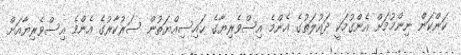
ކަންކަން ނިންމުމަށް އެންގުމަކީ ދައުލަތުގެ އެންމެ އިސްވެރިޔާގެ ޙައިސިއްޔަތުން ސަރުކާރުގެ އެންމެ އިސްވެރިޔާއަށް